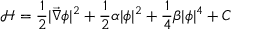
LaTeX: { \mathcal H } = \frac { 1 } { 2 } | \vec { \nabla } \phi | ^ { 2 } + \frac { 1 } { 2 } \alpha | \phi | ^ { 2 } + \frac { 1 } { 4 } \beta | \phi | ^ { 4 } + C